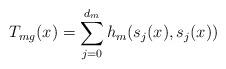
LaTeX: \begin{align*}T_{mg} (x) =\sum_{j=0}^{d_m}h_m(s_j(x), s_j(x))\end{align*}